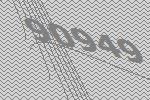
90949